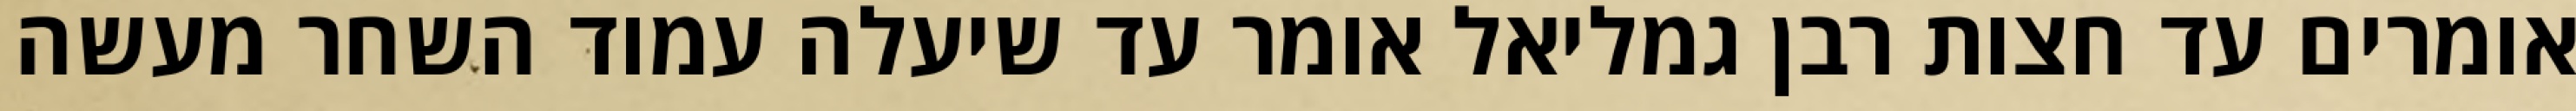
אומרים עד חצות רבן גמליאל אומר עד שיעלה עמוד השחר מעשה